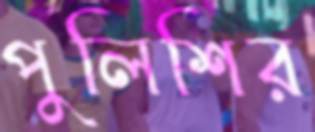
পুলিশির